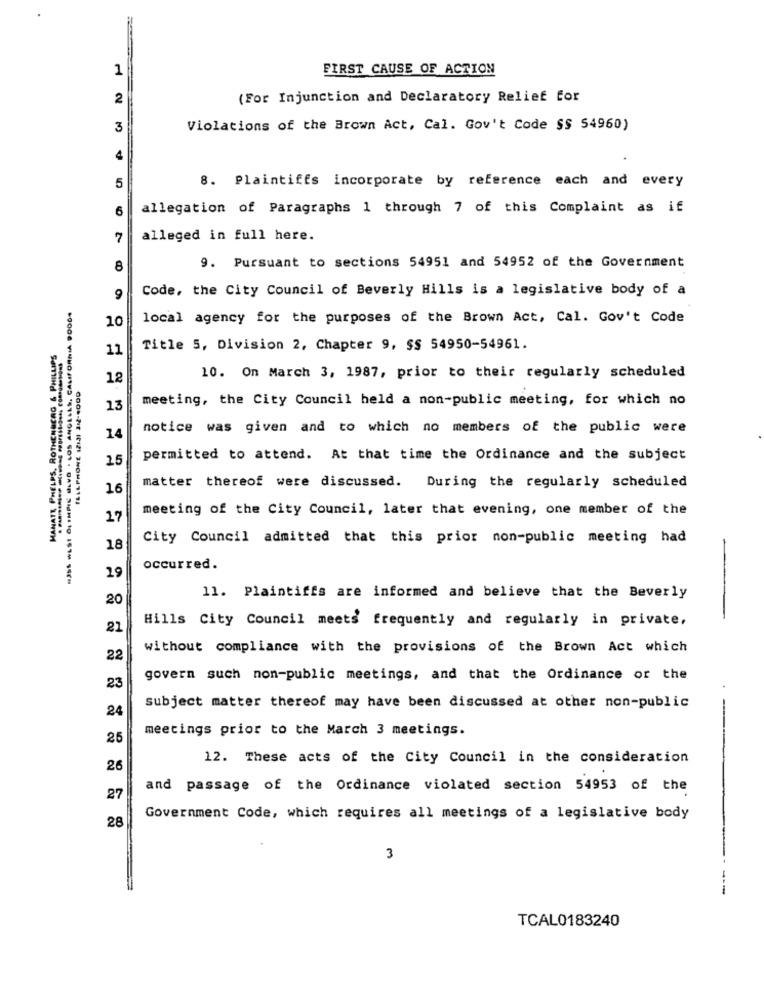
1
FIRST CAUSE OF ACTION
2
(For Injunction and Declaratory Relief for
3
Violations of the Brown Act, Cal. Gov't Code SS 54960)
4
8. Plaintiffs incorporate by reference each and every
5
6
allegation of Paragraphs 1 through 7 of this Complaint as if
7
alleged in full here.
9. Pursuant to sections 54951 and 54952 of the Government
8
Code, the City Council of Beverly Hills is a legislative body of a
9
#35S WEST OLIMPIC BLVD . LOS ANGELES, CALIFORNIA 90004
10
local agency for the purposes of the Brown Act, Cal. Gov't Code
HANATT PHELPS, ROTHENSCAG & PHILLIPS
11
Title 5, Division 2, Chapter 9, SS 54950-54961.
12
10. On March 3, 1987, prior to their regularly scheduled
ILILPHONE (21JI IM-4000
meeting, the City Council held a non-public meeting, for which no
13
notice was given and to which no members of the public were
14
15
permitted to attend. At that time the Ordinance and the subject
16
matter thereof were discussed. During the regularly scheduled
meeting of the City Council, later that evening, one member of the
17
City Council admitted that this prior non-public meeting had
18
-
occurred.
29
20
11. Plaintiffs are informed and believe that the Beverly
Hills City Council meets frequently and regularly in private,
21
without compliance with the provisions of the Brown Act which
22
govern such non-public meetings, and that the Ordinance or the
23
24
subject matter thereof may have been discussed at other non-public
meetings prior to the March 3 meetings.
25
12. These acts of the City Council in the consideration
26
and passage of the Ordinance violated section 54953 of the
27
Government Code, which requires all meetings of a legislative body
28
3
---
TCAL0183240